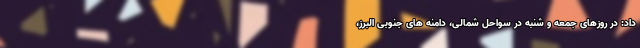
داد: در روزهای جمعه و شنبه در سواحل شمالی، دامنه های جنوبی البرز،